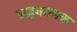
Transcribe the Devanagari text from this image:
सहनात्मक